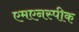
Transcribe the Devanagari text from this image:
एमएनस्पीक